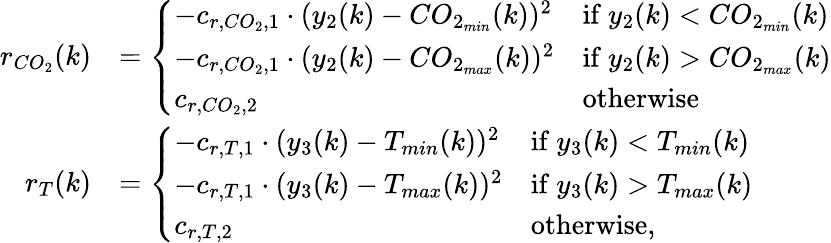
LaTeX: \begin{array}{rl}{r_{CO_{2}}(k)}&{=\left\{ \begin{array}{ll}{-c_{r,CO_{2},1}\cdot(y_{2}(k)-CO_{2_{min}}(k))^{2}}&{\mathrm{if~}y_{2}(k)<CO_{2_{min}}(k)}\\ {-c_{r,CO_{2},1}\cdot(y_{2}(k)-CO_{2_{max}}(k))^{2}}&{\mathrm{if~}y_{2}(k)>CO_{2_{max}}(k)}\\ {c_{r,CO_{2},2}}&{\mathrm{otherwise}}\end{array}\right.}\\ {r_{T}(k)}&{=\left\{ \begin{array}{ll}{-c_{r,T,1}\cdot(y_{3}(k)-T_{min}(k))^{2}}&{\mathrm{if~}y_{3}(k)<T_{min}(k)}\\ {-c_{r,T,1}\cdot(y_{3}(k)-T_{max}(k))^{2}}&{\mathrm{if~}y_{3}(k)>T_{max}(k)}\\ {c_{r,T,2}}&{\mathrm{otherwise},}\end{array}\right.}\end{array}